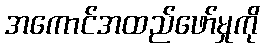
အကောင်အထည်ဖော်မှုကို